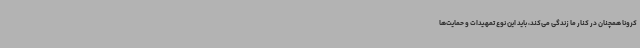
کرونا همچنان در کنار ما زندگی می‌کند، باید این نوع تمهیدات و حمایت‌ها